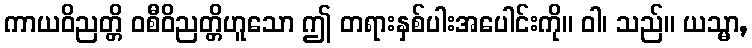
ကာယဝိညတ္တိ ဝစီဝိညတ္တိဟူသော ဤ တရားနှစ်ပါးအပေါင်းကို။ ဝါ၊ သည်။ ယသ္မာ,